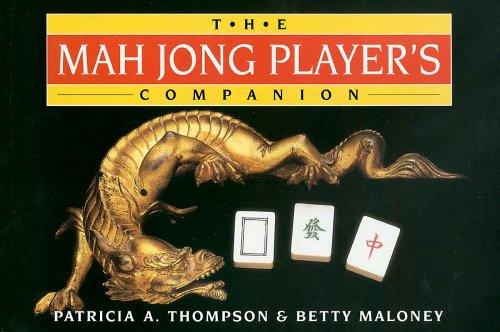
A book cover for Mah Jong Player's Companion; Patricia A. Thompson; Humor & Entertainment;